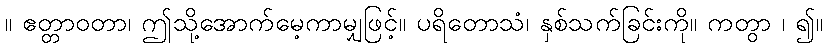
။ ဧတ္တာဝတာ၊ ဤသို့အောက်မေ့ကာမျှဖြင့်။ ပရိတောသံ၊ နှစ်သက်ခြင်းကို။ ကတွာ ၊ ၍။